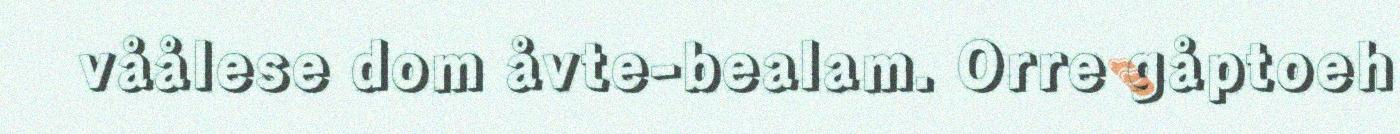
våålese dom åvte-bealam. Orre gåptoeh